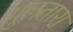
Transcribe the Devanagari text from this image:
गुलतारा